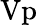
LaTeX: \mathrm{Vp}